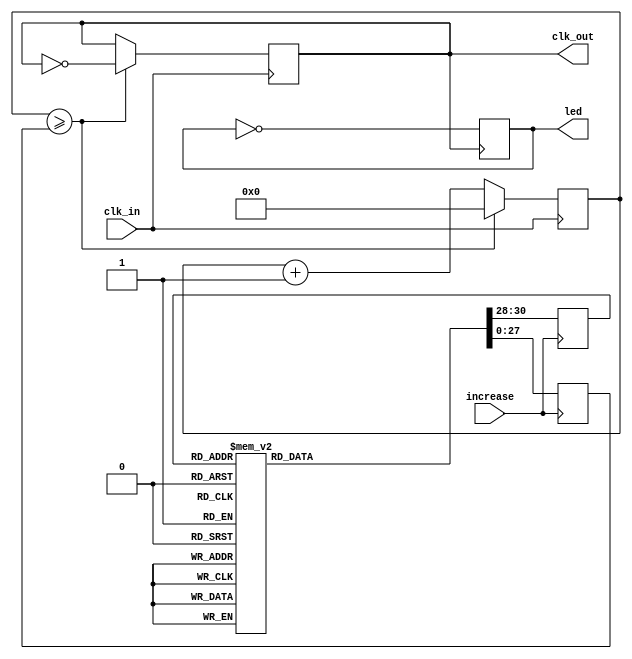
module clock_divider(
    input clk_in,
    input increase,
    output reg led,
    output reg clk_out
);
    reg [2:0] freqState = 3'b000;
    reg [27:0] counter = 28'd0;
    reg [27:0] freq = 28'd250000000;
    always @(posedge clk_in)
    begin
        if (counter >= freq) begin
            counter <= 28'd0;
            clk_out <= ~clk_out;
        end
        else counter <= counter + 1;
    end

    always @(posedge clk_out)
    begin
        led <= ~led;
    end

    always @(posedge increase)
    begin
        case (freqState)
            3'b000: begin
                freq <= 28'd12500000; //2Hz
                freqState <= 3'b001;
            end
            3'b001: begin
                freq <= 28'd6250000; //4Hz
                freqState <= 3'b010;
            end
            3'b010: begin
                freq <= 28'd3125000; //8Hz
                freqState <= 3'b011;
            end
            3'b011: begin
                freq <= 28'd1562500; //16Hz
                freqState <= 3'b100;
            end
            3'b100: begin
                freq <= 28'd781250; //32Hz
                freqState <= 3'b101;
            end
            3'b101: begin
                freq <= 28'd390625; //64Hz
                freqState <= 3'b110;
            end
            3'b110: begin
                freq <= 28'd195312; //128Hz
                freqState <= 3'b111;
            end
            3'b111: begin
                freq <= 28'd25000000; //1Hz
                freqState <= 3'b000;
            end
        endcase
    end
endmodule